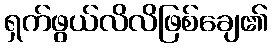
ရှက်ဖွယ်လိလိဖြစ်ချေ၏